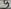
Text: 9